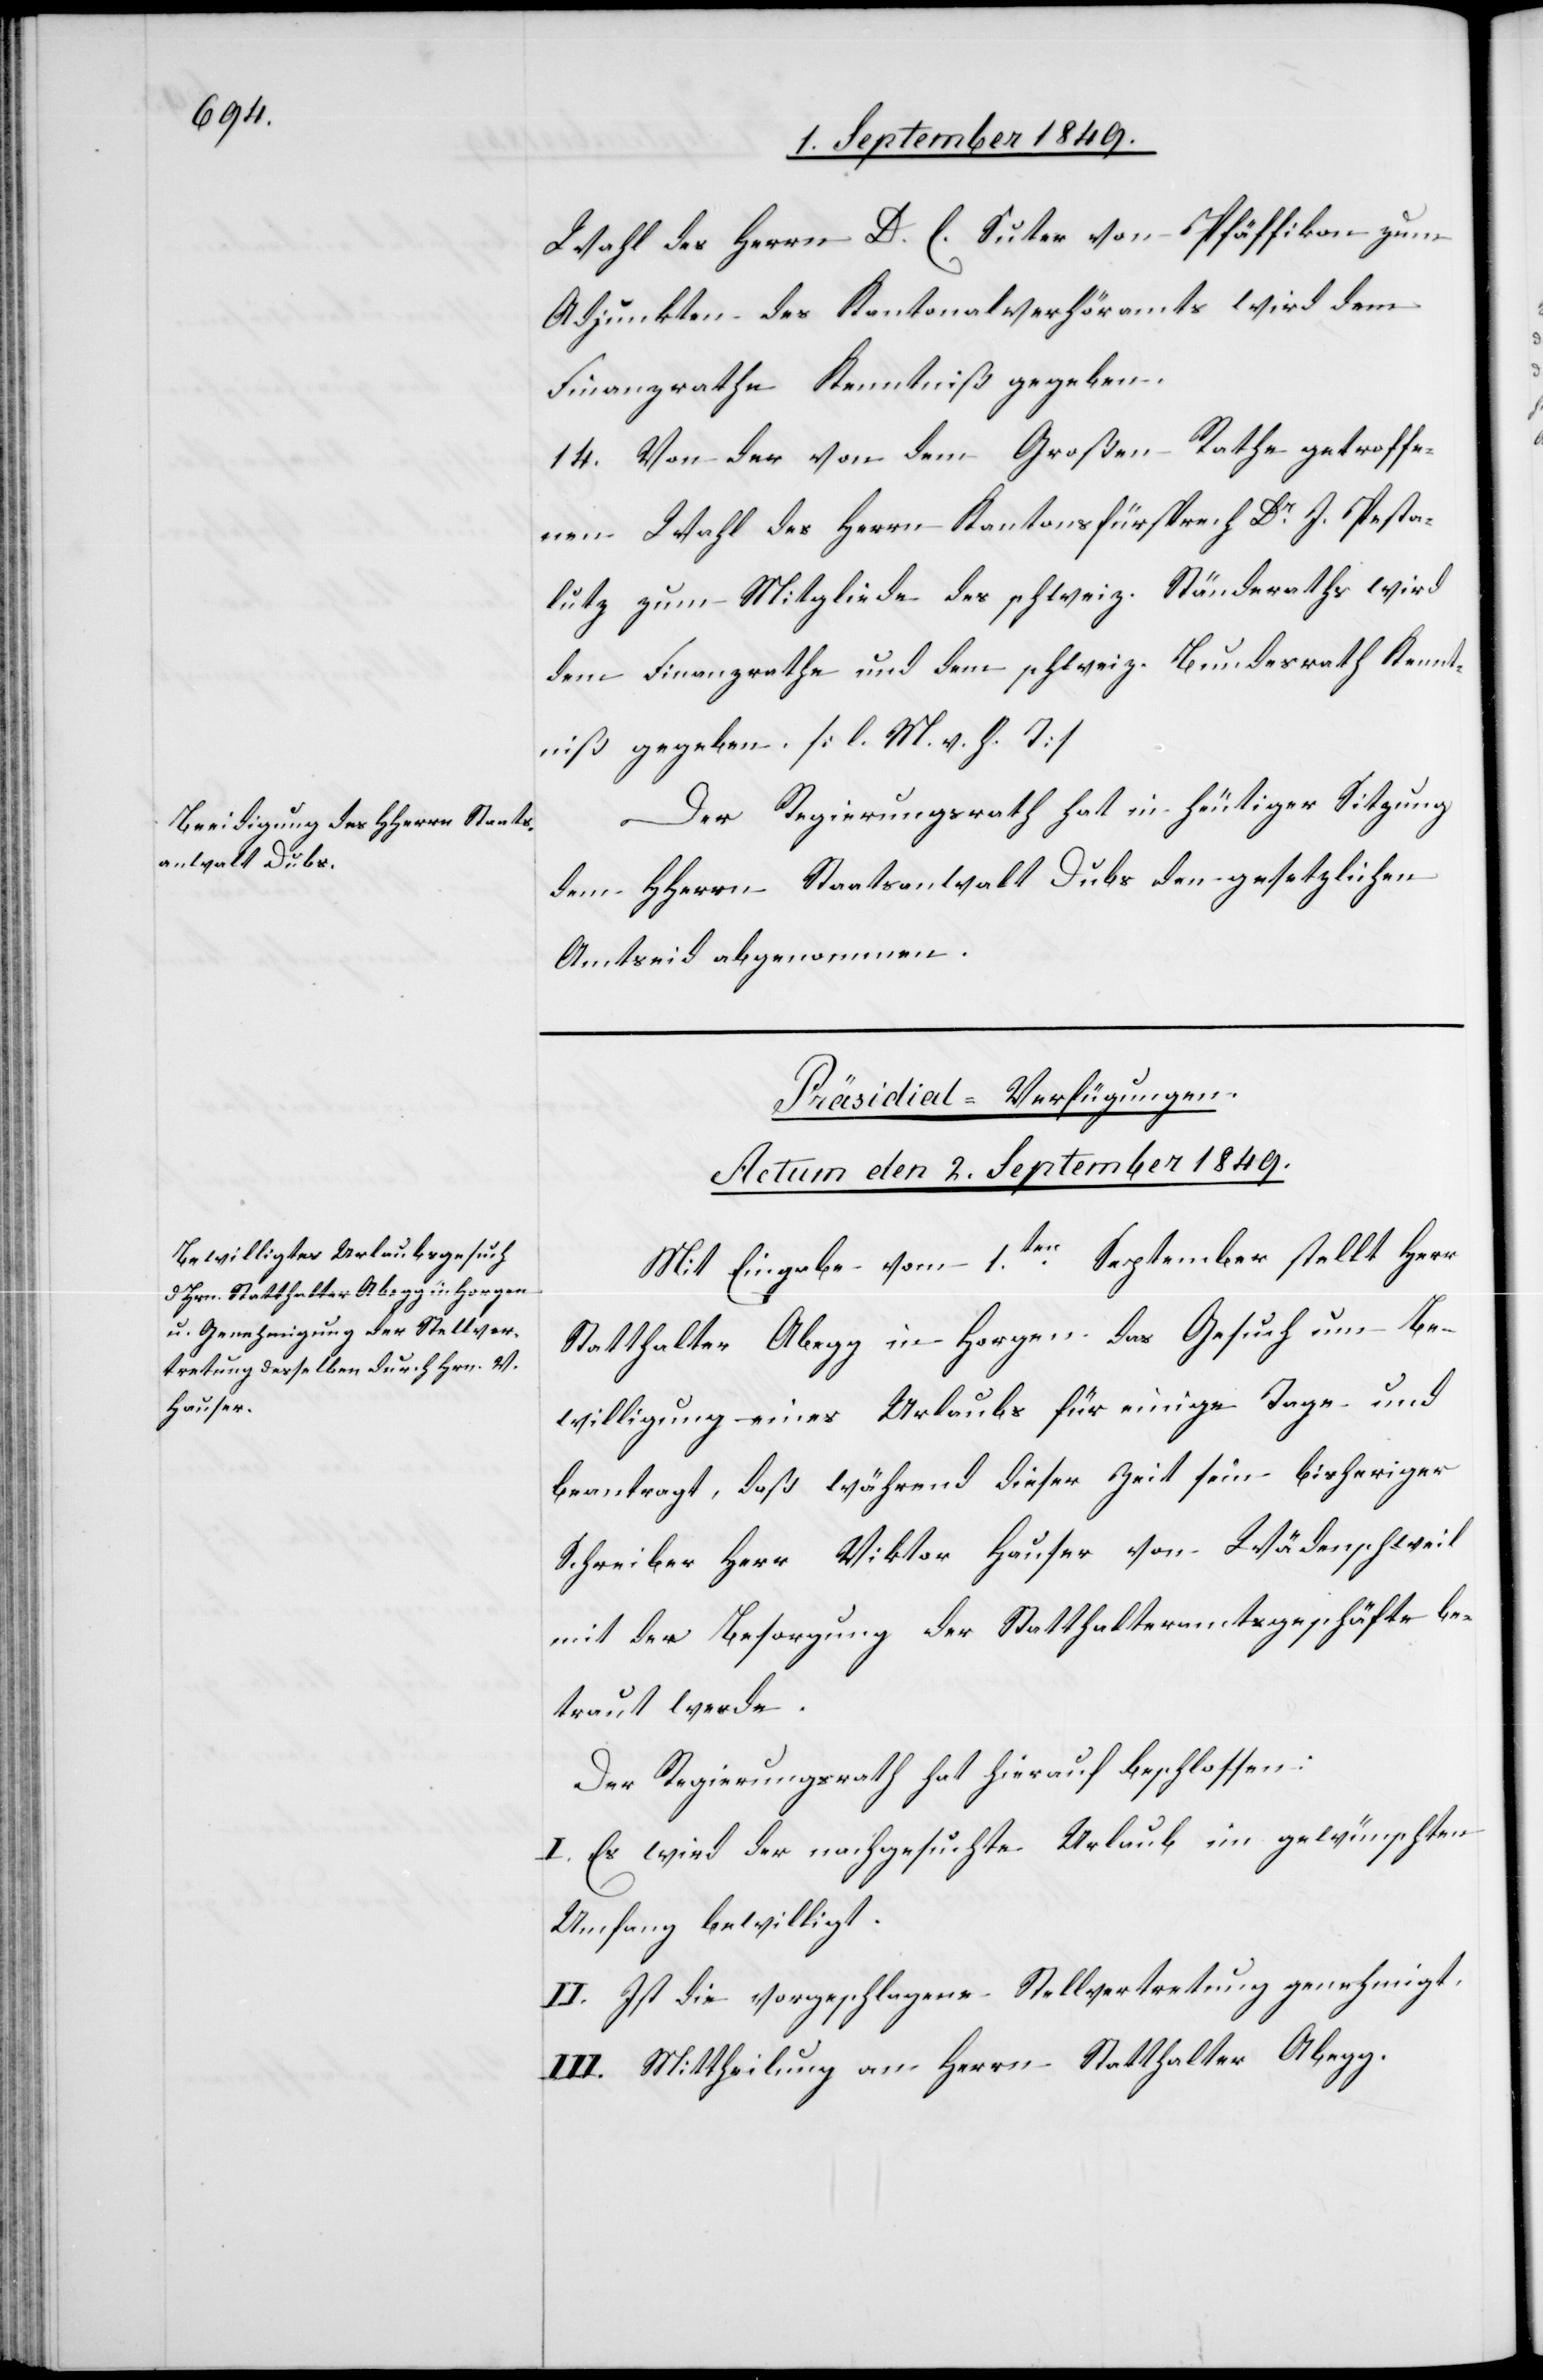
Wahl des Herrn D. E. Suter von Pfäffikon zum
Adjunkten des Kantonalverhöramts wird dem
Finanzrathe Kenntniß gegeben.
14. Von der von dem Großen Rathe getroffe¬
nen Wahl des Herrn Kantonsfürsprech Dr J. Pesta¬
lutz zum Mitgliede des schweiz. Ständeraths wird
dem Finanzrathe und dem schweiz. Bundesrath Kennt¬
niß gegeben. [l. M. v. h. T]
Der Regierungsrath hat in heutiger Sitzung
dem HHerrn Staatsanwalt Dubs den gesetzlichen
Amtseid abgenommen.
Präsidial-Verfügungen.
Actum den 2. September 1849.
Mit Eingabe vom 1ten September stellt Herr
Statthalter Abegg in Horgen das Gesuch um Be¬
willigung eines Urlaubs für einige Tage und
beantragt, daß während dieser Zeit sein bisheriger
Schreiber Herr Viktor Hauser von Wädenschweil
mit der Besorgung der Statthalteramtsgeschäfte be¬
traut werde.
Der Regierungsrath hat hierauf beschlossen:
I. Es wird der nachgesuchte Urlaub im gewünschte
Umfang bewilligt.
II. Ist die vorgeschlagene Stellvertretung genehmigt.
III. Mittheilung an Herrn Statthalter Abegg.